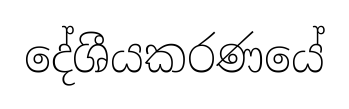
දේශීයකරණයේ